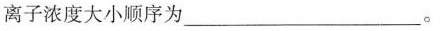
离子浓度大小顺序为___。